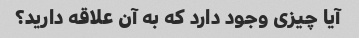
آیا چیزی وجود دارد که به آن علاقه دارید؟